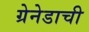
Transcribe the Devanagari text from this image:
ग्रेनेडाची